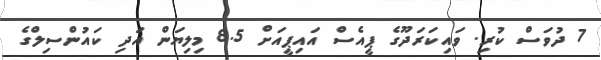
7 ދުވަސް ކުރި. ވައިކަރަދޫގެ ޕީއެސް އައިޕީއަށް 8.5 މިލިޔަން އަދި ކައުންސިލްގެ